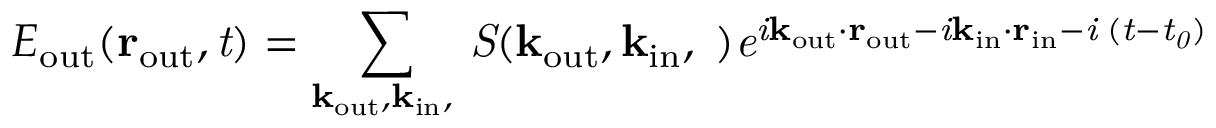
E _ { \mathrm { o u t } } ( { \bf r } _ { \mathrm { o u t } } , \it t ) = \sum _ { \bf k _ { \mathrm { o u t } } , \bf k _ { \mathrm { i n } } , \omega } S ( { \bf k } _ { \mathrm { o u t } } , { \bf k } _ { \mathrm { i n } } , \omega ) e ^ { i { \bf k } _ { \mathrm { o u t } } \cdot { \bf r } _ { \mathrm { o u t } } - i { \bf k } _ { \mathrm { i n } } \cdot { \bf r } _ { \mathrm { i n } } - i \omega ( t - t _ { 0 } ) }